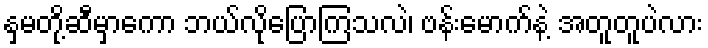
နှမတို့ဆီမှာကော ဘယ်လိုပြောကြသလဲ၊ ဗန်းမောက်နဲ့ အတူတူပဲလား